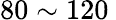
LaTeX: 80\sim 120\